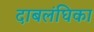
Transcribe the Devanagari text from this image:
दाबलंघिका